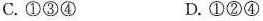
C.①③④ D.①②④